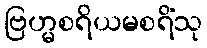
ဗြဟ္မစရိယမစရိံသု